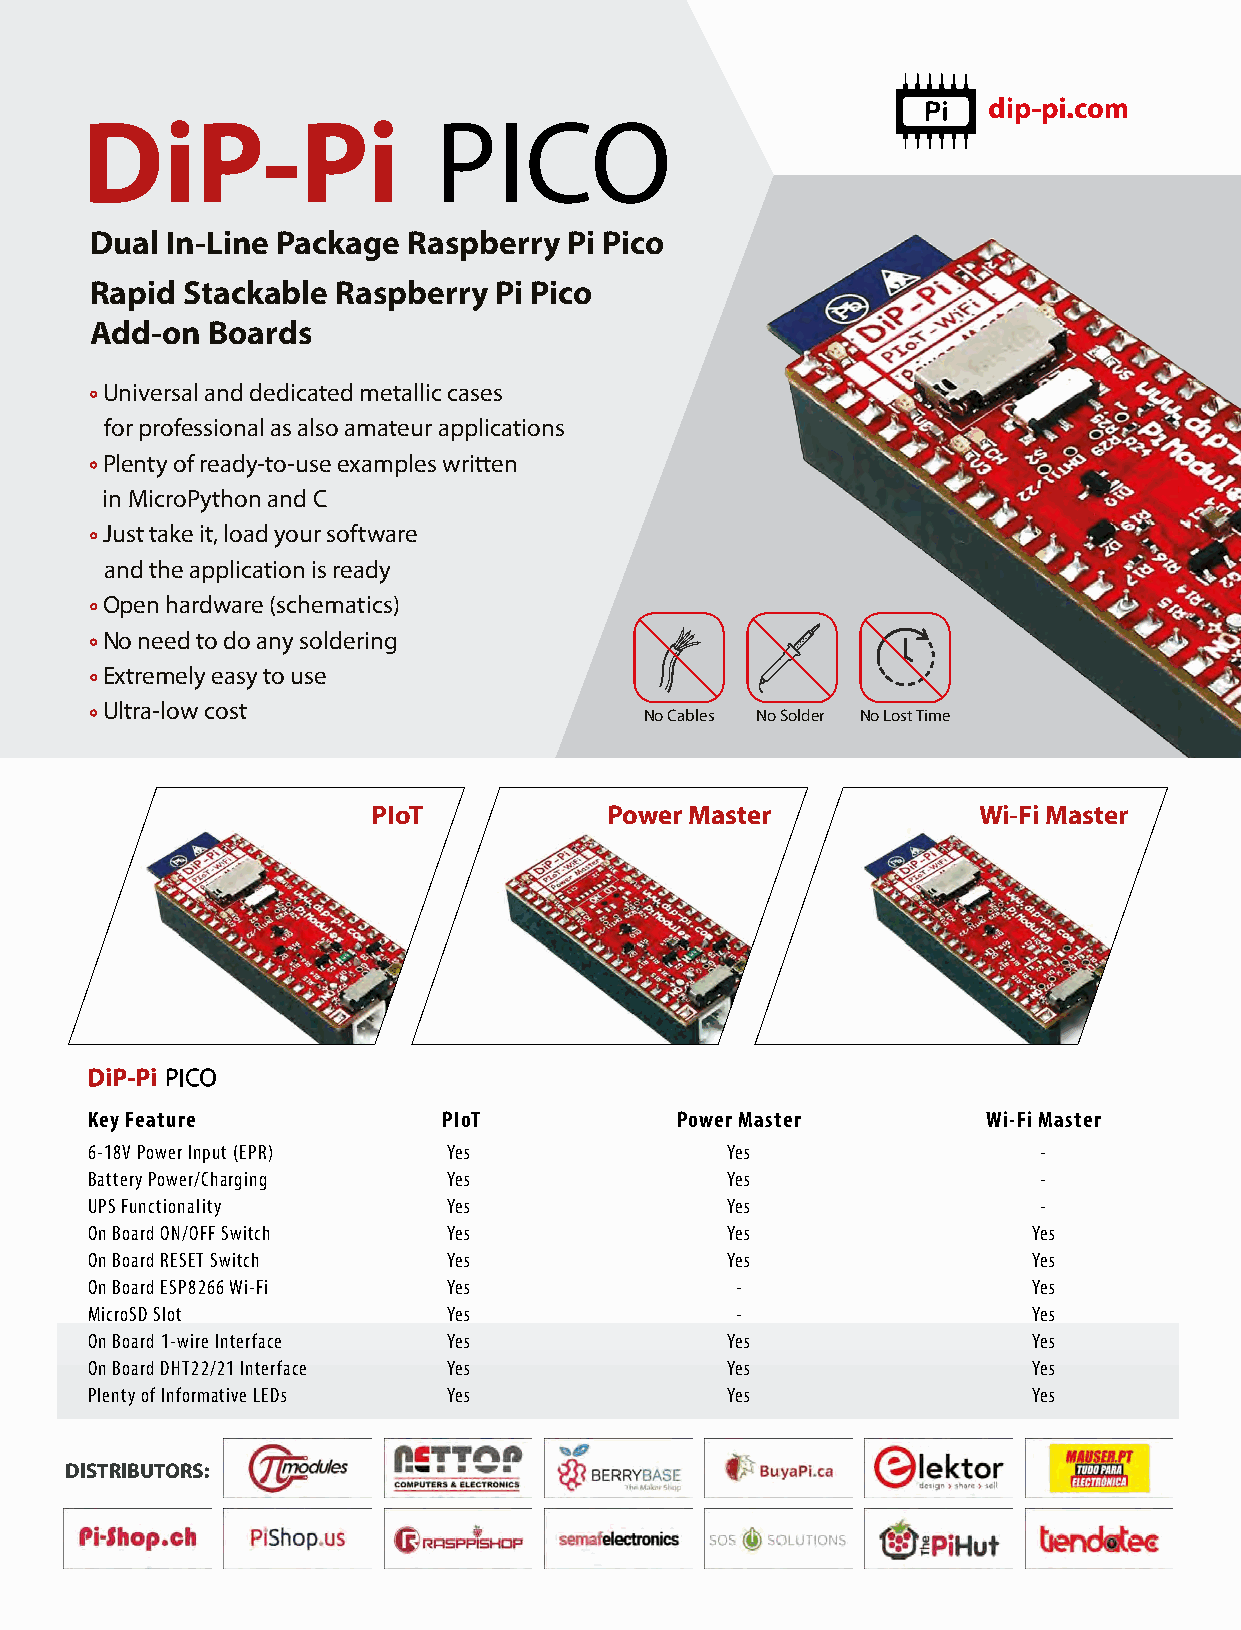
dip-pi.com
 DiP-Pi                  PICO
 Dual In-Line Package Raspberry  Pi Pico
 Rapid Stackable Raspberry  Pi Pico
 Add-on  Boards
 Universal and dedicated metallic cases
 for professional as also amateur applications
 Plenty of ready-to-use examples written
 in MicroPython and C
 Just take it, load your software
 and the application is ready
 Open hardware (schematics)
 No need to do any soldering
 Extremely easy to use
 Ultra-low cost
 No Cables No Solder No Lost Time
 PIoT           Power Master             Wi-Fi Master
 DiP-Pi PICO
 Key Feature            PIoT            Power Master        Wi-Fi Master
 6-18V Power Input (EPR) Yes               Yes                  -
 Battery Power/Charging  Yes               Yes                  -
 UPS Functionality       Yes               Yes                  -
 On Board ON/OFF Switch  Yes               Yes                 Yes
 On Board RESET Switch   Yes               Yes                 Yes
 On Board ESP8266 Wi-Fi  Yes                -                  Yes
 MicroSD Slot            Yes                -                  Yes
 On Board 1-wire Interface Yes             Yes                 Yes
 On Board DHT22/21 Interface Yes           Yes                 Yes
 Plenty of Informative LEDs Yes            Yes                 Yes
 DISTRIBUTORS: